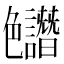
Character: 𱽊